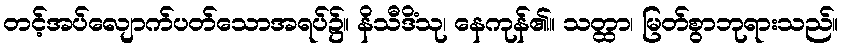
တင့်အပ်လျောက်ပတ်သောအရပ်၌။ နိသီဒိံသု၊ နေကုန်၏။ သတ္ထာ၊ မြတ်စွာဘုရားသည်။